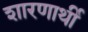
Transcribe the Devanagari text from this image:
शारणार्थी